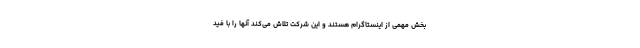
بخش مهمی از اینستاگرام هستند و این شرکت تلاش می‌کند آنها را با فید